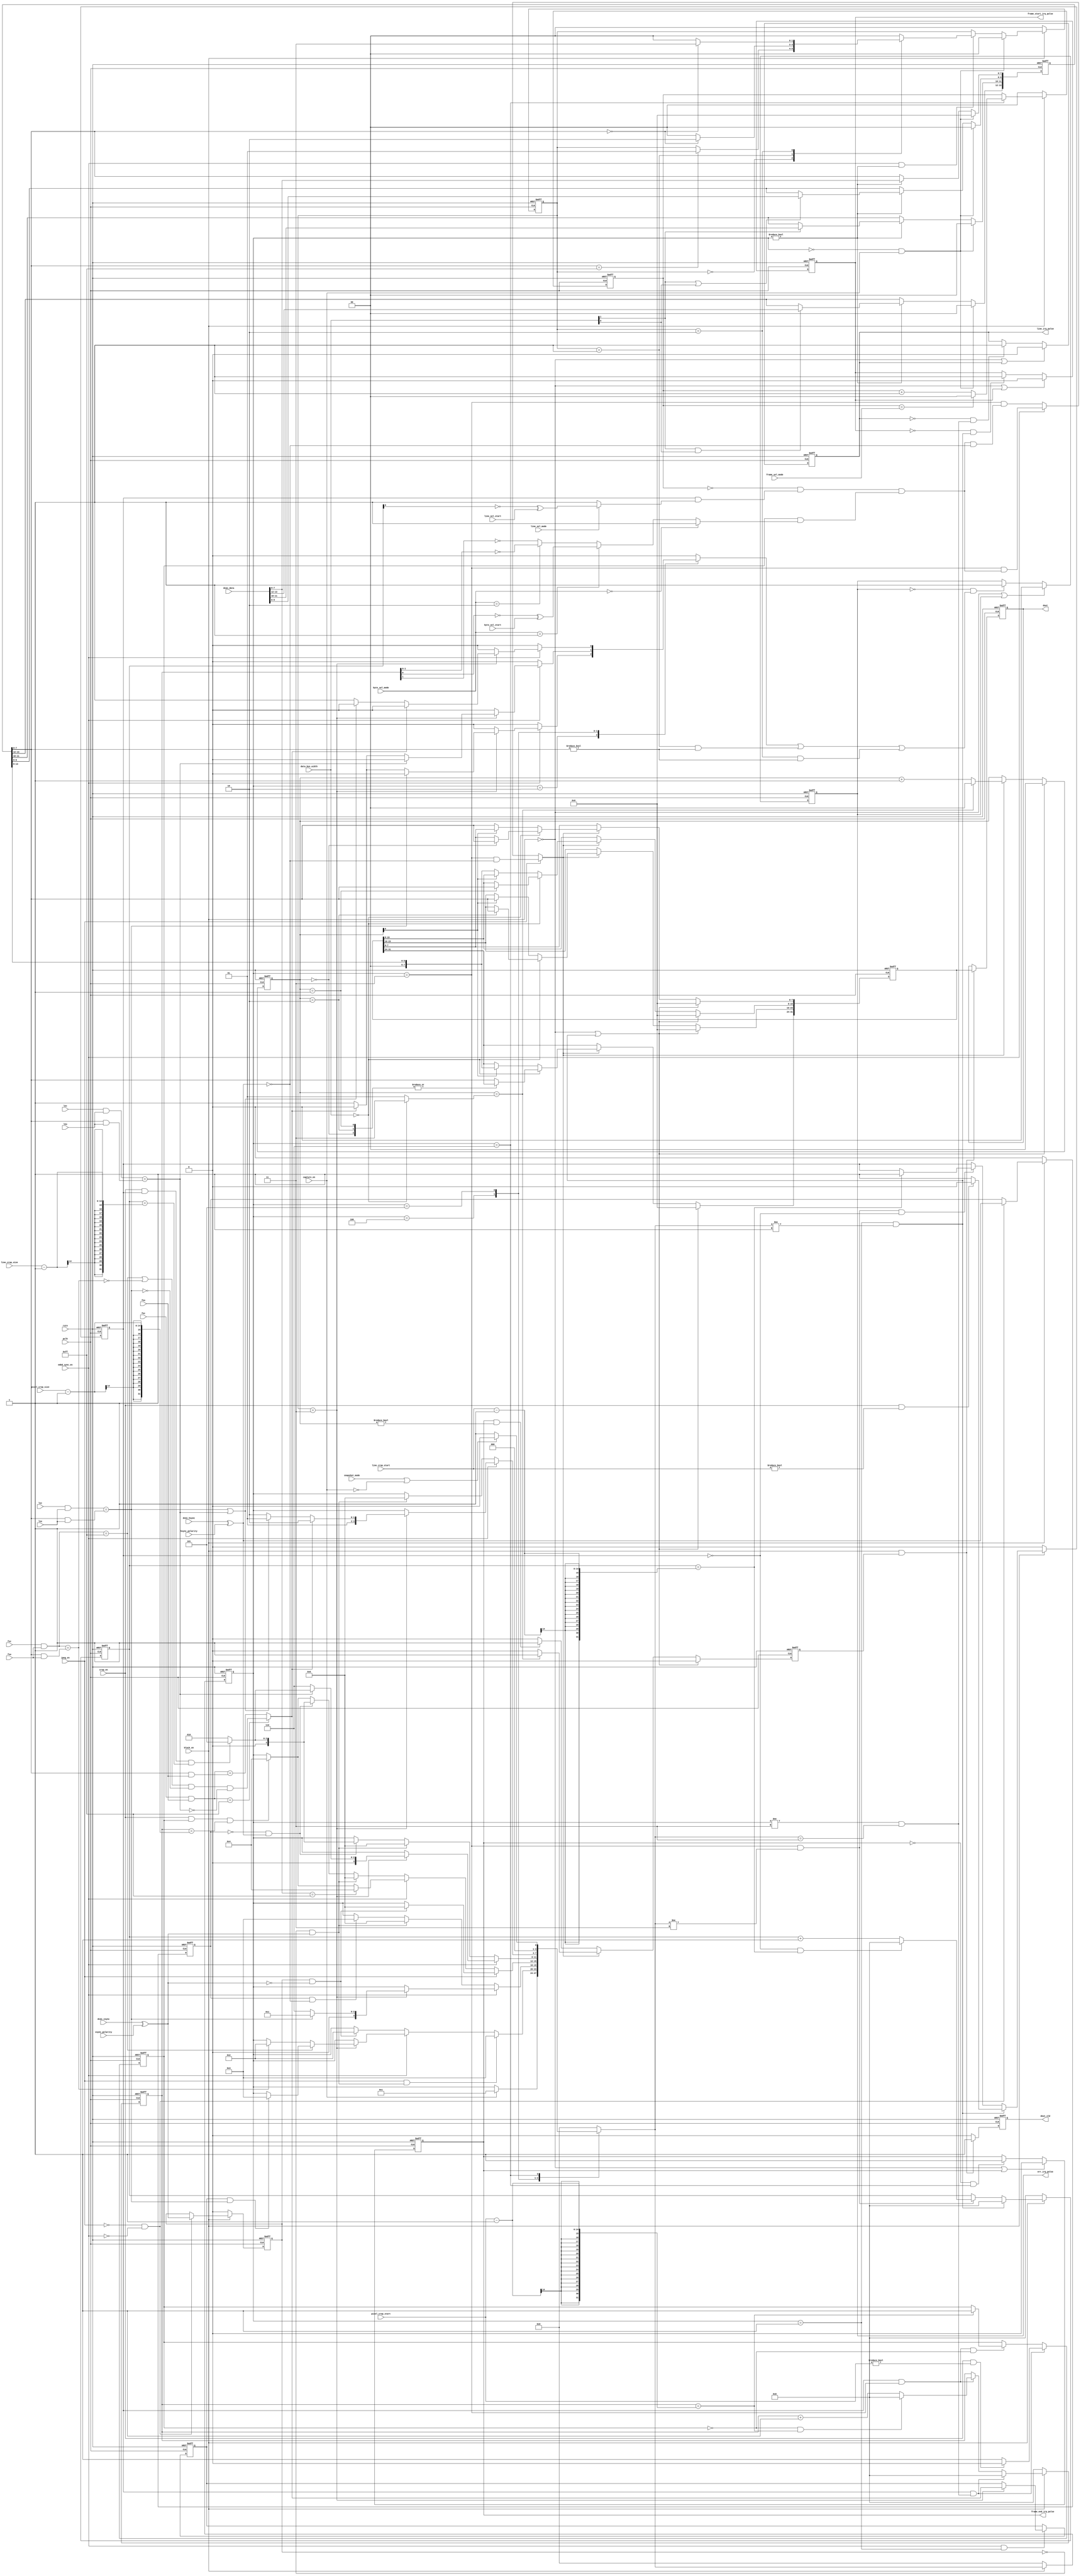

// 20200229, file created

module dcmi_ctrl (
    input                       rstn,
    input                       pclk,
    //-----------------------------------------------------------------------
    //  DCMI Interface
    //-----------------------------------------------------------------------
    // dcmi port
//    input                       dcmi_pclk,
    input                       dcmi_vsync,
    input                       dcmi_hsync,
    input [13:0]                dcmi_data,   // support 8/10/12/14 bit
    //-----------------------------------------------------------------------
    //  Registers
    //-----------------------------------------------------------------------
    // DCMI_CR
    input                       block_en,
    input                       capture_en,
    input                       snapshot_mode,
    input                       crop_en,
    input                       jpeg_en,
    input                       embd_sync_en,
//    input                       pclk_polarity,
    input                       hsync_polarity,
    input                       vsync_polarity,
    input       [1:0]           data_bus_width,         // 00: 8-bit, 01: 10-bit, 10: 12-bit, 11: 14-bit
    input       [1:0]           frame_sel_mode,      // 00: all, 01: 1/2, 10: 1/4, 11: reserved
    input       [1:0]           byte_sel_mode,       // 00: all, 01: 1/2, 10: 1/4, 11: 2/4
    input                       line_sel_mode,       // 0: all, 1: 1/2
    input                       byte_sel_start,      // 0: 1st, 1: 2nd
    input                       line_sel_start,      // 0: 1st, 1: 2nd
    // DCMI_ESCR
    input       [7:0]           fec,
    input       [7:0]           lec,
    input       [7:0]           lsc,
    input       [7:0]           fsc,
    // DCMI_ESUR
    input       [7:0]           feu,
    input       [7:0]           leu,
    input       [7:0]           lsu,
    input       [7:0]           fsu,
    // DCMI_CWSTRT
    input       [13:0]          line_crop_start,
    input       [13:0]          pixel_crop_start,
    // DCMI_CWSIZE
    input       [13:0]          line_crop_size,
    input       [13:0]          pixel_crop_size,
    //-----------------------------------------------------------------------
    //  Output
    //-----------------------------------------------------------------------
    // irq
    output                      line_irq_pulse,
    output                      frame_start_irq_pulse,
    output                      err_irq_pulse,
    output                      frame_end_irq_pulse,
    // dout
    output reg                  dout_vld,
    output reg  [31:0]          dout
);

// macros fsm
localparam                      IDLE                    = 4'd0;
localparam                      WAIT_FRAME_START        = 4'd1;
localparam                      WAIT_LINE_START         = 4'd2;
localparam                      LINE_RECV               = 4'd3;
localparam                      WAIT_LINE_END           = 4'd4;
localparam                      WAIT_FRAME_END          = 4'd5;
localparam                      FRAME_END               = 4'd6;
// macros esc
localparam                      ESC_BYTE0               = 2'd0; // embedded synchronization code
localparam                      ESC_BYTE1               = 2'd1;
localparam                      ESC_BYTE2               = 2'd2;
localparam                      ESC_BYTE3               = 2'd3;
// fsm
reg [3:0] curr_st, next_st;
reg [1:0] esc_cnt; 
wire esc_vld; reg esc_err;
// crop
reg [13:0] line_cnt; reg line_active;
reg [13:0] pixel_cnt; reg pixel_active;
//---------------------------------------------------------------------------
// Pre-process: polarity, data latch
//---------------------------------------------------------------------------
// polarity
wire vsync = dcmi_vsync ^ vsync_polarity;
wire hsync = dcmi_hsync ^ hsync_polarity;
//wire pclk = dcmi_pclk ^ pclk_polarity;
reg vsync_d1, hsync_d1;
always @(posedge pclk or negedge rstn)
    if (~rstn) begin
        vsync_d1 <= 0;
        hsync_d1 <= 0;
    end
    else if (block_en == 0) begin
        vsync_d1 <= 0;
        hsync_d1 <= 0;
    end
    else if (jpeg_en == 0 && embd_sync_en == 0) begin
        vsync_d1 <= vsync;
        hsync_d1 <= hsync;
    end
// dcmi_din_d1
reg [13:0] dcmi_din_d1;
always @(posedge pclk or negedge rstn)
    if (~rstn) begin
        dcmi_din_d1 <= 0;
    end
    else if (curr_st == IDLE && capture_en) begin
        dcmi_din_d1 <= 0;
    end
    else if (curr_st != IDLE) begin
        // 8-bit
        dcmi_din_d1[7:0] <= dcmi_data[7:0];
        // 10/12/14 bit
        if (data_bus_width[1] || data_bus_width[0]) dcmi_din_d1[9:8] <= dcmi_data[9:8];
        // 12/14 bit
        if (data_bus_width[1]) dcmi_din_d1[11:10] <= dcmi_data[11:10];
        // 14 bit
        if (data_bus_width[1] && data_bus_width[0]) dcmi_din_d1[13:12] <= dcmi_data[13:12];
    end
wire [13:0] din_d1 = dcmi_din_d1;
wire [7:0] din_8b = dcmi_data[7:0];
wire [7:0] din_d1_8b = din_d1[7:0];
//---------------------------------------------------------------------------
// Jpeg Synchronization
//---------------------------------------------------------------------------
wire jpeg_start = (~vsync_d1) & vsync; // rising edge
wire jpeg_end = vsync_d1 & (~vsync); // falling edge
//---------------------------------------------------------------------------
// Embedded Synchronization
//---------------------------------------------------------------------------
// esc cnt
always @(posedge pclk or negedge rstn)
    if (~rstn) begin
        esc_cnt <= ESC_BYTE0;
    end
    else if (block_en == 0) begin // disable
        esc_cnt <= ESC_BYTE0;
    end
    else if (curr_st == IDLE && capture_en == 1) begin // init
        esc_cnt <= ESC_BYTE0;
    end
    else if (embd_sync_en && curr_st != IDLE) begin
        case (esc_cnt)
            ESC_BYTE0: if (din_d1_8b == 8'hFF) esc_cnt <= ESC_BYTE1;                              // wait 0xff
            ESC_BYTE1: if (din_d1_8b == 8'h00) esc_cnt <= ESC_BYTE2; else esc_cnt <= ESC_BYTE0;   // wait 0x00
            ESC_BYTE2: if (din_d1_8b == 8'h00) esc_cnt <= ESC_BYTE3; else esc_cnt <= ESC_BYTE0;   // wait 0x00
            default  : esc_cnt <= ESC_BYTE0;                                                    // wait 0xXY
        endcase
    end
// 0xff check
wire fsc_is_ff = (fsc & fsu) == 8'hff;
wire fec_is_ff = (fec & feu) == 8'hff;
// byte valid
wire esc_b1_vld = (esc_cnt == ESC_BYTE1);
wire esc_b2_vld = (esc_cnt == ESC_BYTE2);
wire esc_b3_vld = (esc_cnt == ESC_BYTE3);
assign esc_vld = esc_b3_vld;
// b1 & b2 err
wire esc_b1_err = esc_b1_vld && (din_d1_8b != 8'h00); // byte 1 error
wire esc_b2_err = esc_b2_vld && (din_d1_8b != 8'h00); // byte 2 error
// esc decode
wire esc_is_lsc = (lsc & lsu) == (din_d1_8b & lsu);
wire esc_is_lec = (lec & leu) == (din_d1_8b & leu);
wire esc_is_fsc = (fsc & fsu) == (din_d1_8b & fsu);
wire esc_is_fec = fec_is_ff ? ((fsc_is_ff | ~esc_is_fsc) & ~esc_is_lsc & ~esc_is_lec) : (fec & feu) == (din_d1_8b & feu);
// last_esc_is_fec
reg last_esc_is_fec;
always @(posedge pclk or negedge rstn)
    if (~rstn) begin
        last_esc_is_fec <= 0;
    end
    else if (embd_sync_en && curr_st == WAIT_FRAME_START) begin
        if (esc_vld)
            last_esc_is_fec <= esc_is_fec;
    end
//---------------------------------------------------------------------------
// External Synchronization
//---------------------------------------------------------------------------
wire vsync_start = vsync_d1 & (~vsync); // falling edge
wire vsync_end = (~vsync_d1) & vsync; // rising edge
wire hsync_start = hsync_d1 & (~hsync);
wire hsync_end = (~hsync_d1) & hsync;
//---------------------------------------------------------------------------
// FSM
//---------------------------------------------------------------------------
// sync
always @(posedge pclk or negedge rstn)
    if (~rstn)
        curr_st <= IDLE;
    else if (~block_en)
        curr_st <= IDLE;
    else
        curr_st <= next_st;
wire pixel_crop_end = crop_en & pixel_active & (pixel_cnt == pixel_crop_size - 1);
wire line_crop_end = crop_en & line_active & (line_cnt == line_crop_size - 1);
// comb
always @(*) begin
    // default
    next_st = curr_st;
    esc_err = 0;
    // fsm
    case (curr_st)
        // idle
        IDLE: begin
            if (capture_en)
                next_st = WAIT_FRAME_START;
        end
        // wait for frame start
        WAIT_FRAME_START: begin
            if (jpeg_en & jpeg_start) begin // jpeg mode
                next_st = LINE_RECV;
            end 
            else if (embd_sync_en) begin // embedded sync mode
                if (esc_vld) begin// esc comes
                    if (fsc_is_ff) begin // when fsc=0xff, wait lsc after fec
                        if (last_esc_is_fec & esc_is_lsc)
                            next_st = LINE_RECV;
                    end
                    else begin
                        if (esc_is_fsc) // valid fsc
                            next_st = WAIT_LINE_START;
                    end
                end
            end
            else begin // external sync mode
                if (vsync_start)
                    next_st = WAIT_LINE_START;
            end
        end
        // wait for line start
        WAIT_LINE_START: begin
            if (embd_sync_en) begin // embedded sync
                if (esc_vld) begin // esc comes
                    if (esc_is_lsc)
                        next_st = LINE_RECV;
                    else if (esc_is_fec)
                        next_st = FRAME_END;
                    else begin
                        next_st = FRAME_END; // tbd, exception proc!!! now only terminate receiving
                        esc_err = 1; // esc error
                    end
                end
            end 
            else begin // external sync
                if (vsync_end)
                    next_st = FRAME_END;
                else if (hsync_start)
                    next_st = LINE_RECV;
            end
        end
        // line receiving
        LINE_RECV: begin
            if (jpeg_en) begin // jpeg mode
                if (jpeg_end)
                    next_st = FRAME_END;
            end
            else if (embd_sync_en) begin // embedded sync mode
                if (din_8b == 8'hff) // start of an embedded code, 1 cycle in advance
                    next_st = WAIT_LINE_END;
                else if (pixel_crop_end)
                    next_st = WAIT_LINE_END;
            end 
            else begin // external sync mode
                if (vsync_end) begin // frame terminate in advance
                    next_st = FRAME_END;
                end 
                else if (hsync_end) begin // line terminate in advance
                    if (line_crop_end)
                        next_st = WAIT_FRAME_END;
                    else
                        next_st = WAIT_LINE_START; // start new line 
                end
                else if (pixel_crop_end) begin // reach pixel crop size
                    next_st = WAIT_LINE_END;
                end
            end
        end
        // wait for line end
        WAIT_LINE_END: begin
            if (embd_sync_en) begin // embedded sync mode
                if (esc_vld) begin
                    if (esc_is_lec) begin // match esc
                        if (line_crop_end)
                            next_st = WAIT_FRAME_END;
                        else
                            next_st = WAIT_LINE_START;
                    end 
                    else if (esc_is_fec) begin // non-match esc, frame end in advance
                        next_st = FRAME_END;
                    end 
                    else begin // tbd, illegal esc!!! exception proc???
                        //next_st = curr_st; // wait next esc???
                        next_st = FRAME_END;
                        esc_err = 1;
                    end
                end
            end
            else begin // external sync mode
                if (vsync_end) begin
                    next_st = FRAME_END;
                end
                else if (hsync_end) begin
                    if (line_crop_end)
                        next_st = WAIT_FRAME_END;
                    else
                        next_st = WAIT_LINE_START;
                end
            end
        end
        // wait for frame end
        WAIT_FRAME_END: begin
            if (embd_sync_en) begin // embedded sync mode
                if (esc_vld) begin
                    if (esc_is_fec)
                        next_st = FRAME_END;
                    else if (esc_is_lsc | esc_is_lec) // when crop we may skip lines, but do not trigger error
                        next_st = WAIT_FRAME_END;
                    else begin // esc is illegal
                        //next_st = curr_st; // escape current esc ???
                        next_st = FRAME_END;
                        esc_err = 1;
                    end
                end
            end
            else begin
                if (vsync_end)
                    next_st = FRAME_END;
            end
        end
        // one frame has been received
        FRAME_END: begin
            if (snapshot_mode | (~capture_en))
                next_st = IDLE;
            else
                next_st = WAIT_FRAME_START;
        end
        // default
        default: next_st <= IDLE;
    endcase
end
//---------------------------------------------------------------------------
// Crop Function
//---------------------------------------------------------------------------
// frame sel
reg [1:0] frame_cnt;
always @(posedge pclk or negedge rstn)
    if (~rstn)
        frame_cnt <= 0;
    else if (block_en == 0)
        frame_cnt <= 0;
    else if (curr_st == FRAME_END) begin
        if (frame_cnt == frame_sel_mode)
            frame_cnt <= 0;
        else
            frame_cnt <= frame_cnt + 1;
    end
wire frame_sel = frame_cnt == 2'b00;
// line_cnt
wire line_cnt_init = (curr_st == WAIT_FRAME_START && next_st != WAIT_FRAME_START); // init when frame start
wire line_cnt_inc = (curr_st == LINE_RECV && next_st != LINE_RECV); // inc when finish receiving one line
always @(posedge pclk or negedge rstn)
    if (~rstn)
        line_cnt <= 0;
    else if (~block_en)
        line_cnt <= 0;
    else if (line_cnt_init)
        line_cnt <= 0;
    else if (line_cnt_inc) begin
        if (line_active == 0 && line_cnt == line_crop_start - 1)
            line_cnt <= 0;
        else
            line_cnt <= line_cnt + 1;
    end
// line_active
always @(posedge pclk or negedge rstn)
    if (~rstn)
        line_active <= 0;
    else if (~block_en)
        line_active <= 0;
    else if (line_cnt_init) begin
        if (crop_en && line_crop_start != 0)
            line_active <= 0;
        else
            line_active <= 1;
    end
    else if (line_cnt_inc & ~line_active) begin
        if (line_cnt == line_crop_start - 1)
            line_active <= 1;
    end
wire line_sel = line_active & (line_sel_mode ? ((~line_cnt[0]) ^ line_sel_start) : 1'b1);
// pixel_cnt
wire pixel_cnt_init = line_active & (curr_st != LINE_RECV && next_st == LINE_RECV); // enter LINE_RECV
wire pixel_cnt_inc = line_active & (curr_st == LINE_RECV);
always @(posedge pclk or negedge rstn)
    if (~rstn)
        pixel_cnt <= 0;
    else if (~block_en)
        pixel_cnt <= 0;
    else if (pixel_cnt_init)
        pixel_cnt <= 0;
    else if (pixel_cnt_inc) begin
        if (pixel_active == 0 && pixel_cnt == pixel_crop_start - 1)
            pixel_cnt <= 0;
        else
            pixel_cnt <= pixel_cnt + 1;
    end
// pixel_active
always @(posedge pclk or negedge rstn)
    if (~rstn)
        pixel_active <= 0;
    else if (pixel_cnt_init) begin
        if (crop_en && pixel_crop_start != 0)
            pixel_active <= 0;
        else
            pixel_active <= 1;
    end
    else if (pixel_cnt_inc & ~pixel_active) begin
        if (pixel_cnt == pixel_crop_start - 1)
            pixel_active <= 1;
    end
// pixel sel
wire pixel_sel = pixel_active & ((byte_sel_mode == 2'b00) ? 1'b1 :                                  // mode 0: all
                                 (byte_sel_mode == 2'b01) ? ((~pixel_cnt[0]) ^ byte_sel_start) :    // mode 1: 0/2/4/6/... or 1/3/5/7/...
                                 (byte_sel_mode == 2'b10) ? (pixel_cnt[1:0] == 2'b00) :             // mode 2: 0/4/8/12/...
                                 (~pixel_cnt[1]));                                                  // mode 3: 01/45/89/...
//---------------------------------------------------------------------------
// Output
//---------------------------------------------------------------------------
// irq signal
reg ls_irq, fs_irq, fe_irq, err_irq;
// ls
wire ls_irq_clr = ~block_en | ls_irq ;
wire ls_irq_set = ~ls_irq & (curr_st != LINE_RECV && next_st == LINE_RECV);
always @(posedge pclk or negedge rstn)
    if (~rstn)
        ls_irq <= 0;
    else if (ls_irq_clr)
        ls_irq <= 0;
    else if (ls_irq_set)
        ls_irq <= 1;
// fs
wire fs_irq_clr = ~block_en | fs_irq;
wire fs_irq_set = ~fs_irq & (curr_st == WAIT_FRAME_START && next_st != WAIT_FRAME_START);
always @(posedge pclk or negedge rstn)
    if (~rstn)
        fs_irq <= 0;
    else if (fs_irq_clr)
        fs_irq <= 0;
    else if (fs_irq_set)
        fs_irq <= 1;
// fe
wire fe_irq_clr = ~block_en | fe_irq;
wire fe_irq_set = ~fe_irq & (curr_st == FRAME_END);
always @(posedge pclk or negedge rstn)
    if (~rstn)
        fe_irq <= 0;
    else if (fe_irq_clr)
        fe_irq <= 0;
    else if (fe_irq_set)
        fe_irq <= 1;
// err
wire err_irq_clr = ~block_en | err_irq;
wire err_irq_set = ~err_irq & (esc_err | esc_b1_err | esc_b2_err);
always @(posedge pclk or negedge rstn)
    if (~rstn)
        err_irq <= 0;
    else if (err_irq_clr)
        err_irq <= 0;
    else if (err_irq_set)
        err_irq <= 1;
// irq out
assign line_irq_pulse           = ls_irq;
assign frame_start_irq_pulse    = fs_irq;
assign frame_end_irq_pulse      = fe_irq;
assign err_irq_pulse            = err_irq;
// 32-bit word assemble
reg [31:0] pixel_word; reg pixel_word_vld;
reg [1:0] pixel_inner_word_cnt;
wire [1:0] pixel_inner_word_max = (data_bus_width == 2'b00) ? 2'b11 : 2'b01;
wire [1:0] pixel_inner_word_next = (pixel_inner_word_cnt == pixel_inner_word_max) ? 2'b00 : pixel_inner_word_cnt + 2'b01;
wire piwc_clr = (~block_en) | (curr_st == WAIT_FRAME_START && next_st != WAIT_FRAME_START);     // clear at frame start
wire piwc_inc = jpeg_en ?      (curr_st == LINE_RECV && hsync == 1'b0) :                            // jpeg using hsync to indicate valid data
                embd_sync_en ? (curr_st == LINE_RECV && frame_sel & line_sel & pixel_sel) :         // embedded sync mode
                               (curr_st == LINE_RECV && frame_sel & line_sel & pixel_sel & ~hsync); // external sync mode
always @(posedge pclk or negedge rstn)
    if (~rstn)
        pixel_inner_word_cnt <= 0;
    else if (piwc_clr)
        pixel_inner_word_cnt <= 0;
    else if (piwc_inc)
        pixel_inner_word_cnt <= pixel_inner_word_next;
always @(posedge pclk or negedge rstn)
    if (~rstn)
        pixel_word <= 0;
    else if (piwc_clr)
        pixel_word <= 0;
    else if (piwc_inc) begin
        if (data_bus_width == 2'b00) begin // 8-bit
            case (pixel_inner_word_cnt)
                2'b00: pixel_word[7:0] <= din_d1[7:0];
                2'b01: pixel_word[15:8] <= din_d1[7:0];
                2'b10: pixel_word[23:16] <= din_d1[7:0];
                default: pixel_word[31:24] <= din_d1[7:0];
            endcase
        end
        else begin
            if (pixel_inner_word_cnt[0])
                pixel_word[31:16] <= {2'b00, din_d1[13:0]};
            else
                pixel_word[15:0] <= {2'b00, din_d1[13:0]};
        end
    end
always @(posedge pclk or negedge rstn)
    if (~rstn)
        pixel_word_vld <= 0;
    else if (piwc_clr)
        pixel_word_vld <= 0;
    else if (piwc_inc) begin // valid word
        if (pixel_inner_word_cnt == pixel_inner_word_max)
            pixel_word_vld <= 1;
        else
            pixel_word_vld <= 0;
    end
    else if (fe_irq && pixel_inner_word_cnt != 2'b00) // incompleted word, use delay end to avoid continuse valid
        pixel_word_vld <= 1;
    else
        pixel_word_vld <= 0;
// dout
always @(posedge pclk or negedge rstn)
    if (~rstn) begin
        dout_vld <= 0;
        dout <= 0;
    end
    else if (block_en & pixel_word_vld) begin
        dout_vld <= 1;
        dout <= pixel_word;
    end
    else begin
        dout_vld <= 0;
    end

endmodule